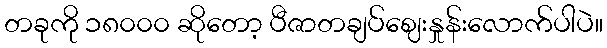
တခုကို ၁၈၀၀၀ ဆိုတော့ ပီဇာတချပ်ဈေးနှုန်းလောက်ပါပဲ။